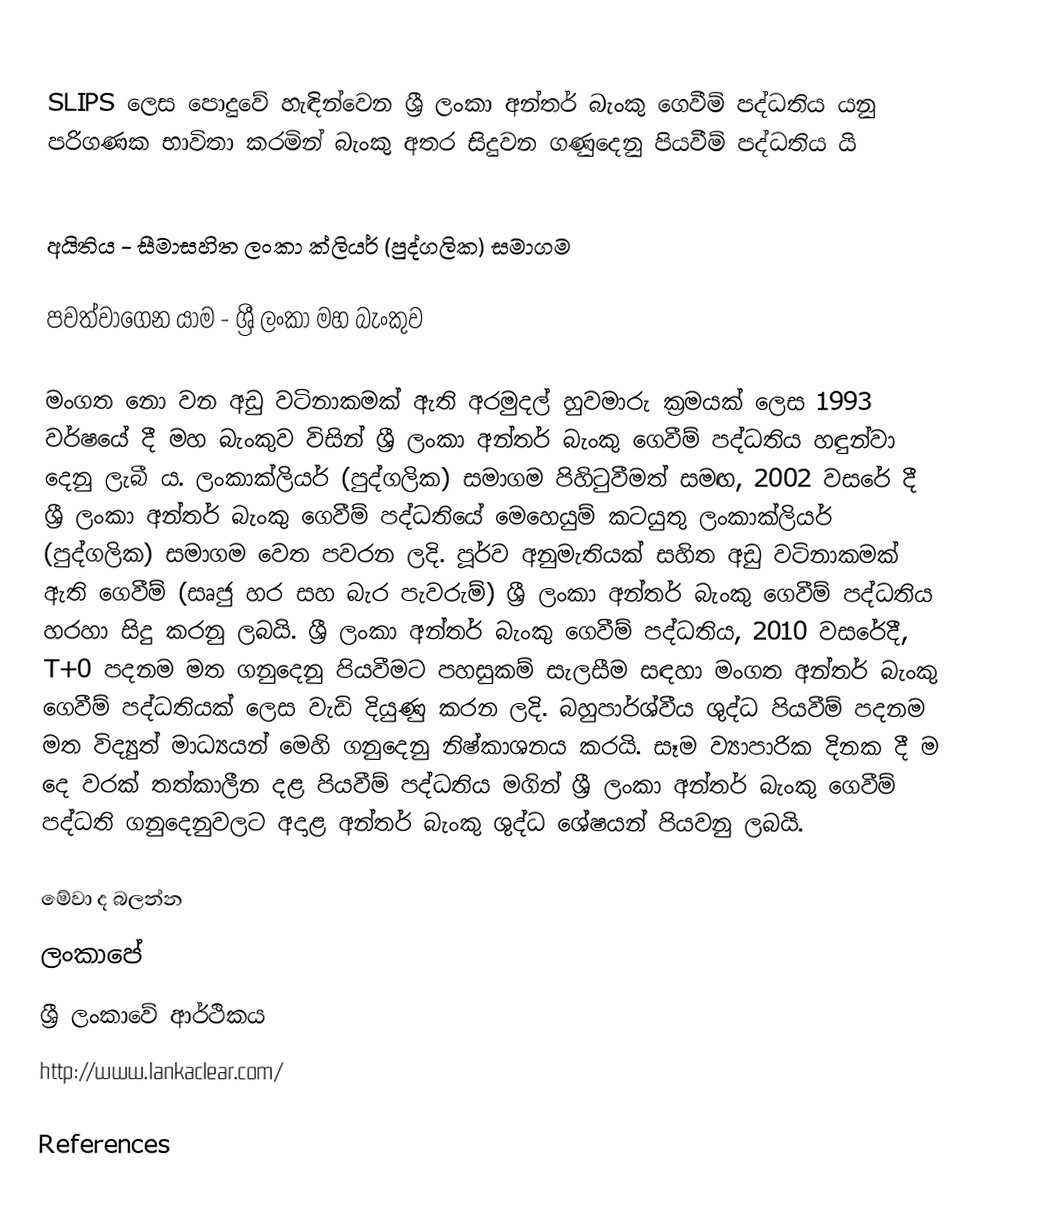
SLIPS ලෙස පොදුවේ හැඳින්වෙන ශ්‍රී ලංකා අන්තර් බැංකු ගෙවීම් පද්ධතිය යනු පරිගණක භාවිතා කරමින් බැංකු අතර සිදුවන ගණුදෙනු පියවීම් පද්ධතිය යි

අයිතිය - සීමාසහිත ලංකා ක්ලියර් (පුද්ගලික) සමාගම

පවත්වාගෙන යාම - ශ්‍රී ලංකා මහ බැංකුව

මංගත නො වන අඩු ව‍ටිනාකමක් ඇති අරමුදල් හුවමාරු ක්‍රමයක් ලෙස 1993 වර්ෂයේ දී මහ බැංකුව විසින් ශ්‍රී ලංකා අන්තර් බැංකු ගෙවීම් පද්ධතිය හඳුන්වා දෙනු ලැබී ය. ලංකාක්ලියර් (පුද්ගලික) සමාගම  පිහිටුවීමත් සමඟ, 2002 වසරේ දී ශ්‍රී ලංකා අන්තර් බැංකු ගෙවීම් පද්ධතියේ මෙහෙයුම් කටයුතු ලංකාක්ලියර් (පුද්ගලික) සමාගම වෙත පවරන ලදි. පූර්ව අනුමැතියක් සහිත අඩු වටිනාකමක් ඇති ගෙවීම් (සෘජු හර සහ බැර පැවරුම්) ශ්‍රී ලංකා අන්තර් බැංකු ගෙවීම් පද්ධතිය හරහා සිදු කරනු ලබයි. ශ්‍රී ලංකා අන්තර් බැංකු ගෙවීම් පද්ධතිය,  2010 වසරේදී, T+0 පදනම මත ගනුදෙනු පියවීමට පහසුකම් සැලසීම සඳහා මංගත අන්තර් බැංකු ගෙවීම් පද්ධතියක් ලෙස වැඩි දියුණු කරන ලදි. බහුපාර්ශ්වීය ශුද්ධ පියවීම් පදනම මත විද්‍යුත් මාධ්‍යයන් මෙහි ගනුදෙනු නිෂ්කාශනය  කරයි.  සෑම ව්‍යාපාරික දිනක දී ම දෙ වරක් තත්කාලීන දළ පියවීම් පද්ධතිය මගින් ශ්‍රී ලංකා අන්තර් බැංකු ගෙවීම් පද්ධති ගනුදෙනුවලට අදාළ අන්තර් බැංකු ශුද්ධ ශේෂයන් පියවනු ලබයි.

මේවා ද බලන්න
 ලංකාපේ
 ශ්‍රී ලංකාවේ ආර්ථිකය
 http://www.lankaclear.com/

References